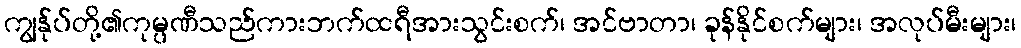
ကျွန်ုပ်တို့၏ကုမ္ပဏီသည်ကားဘက်ထရီအားသွင်းစက်၊ အင်ဗာတာ၊ ခုန်နိုင်စက်များ၊ အလုပ်မီးများ၊